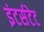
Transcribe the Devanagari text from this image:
इंटर्सटेट